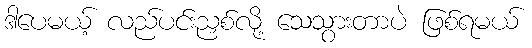
ဒါပေမယ့် လည်ပင်းညှစ်လို့ သေသွားတာပဲ ဖြစ်ရမယ်